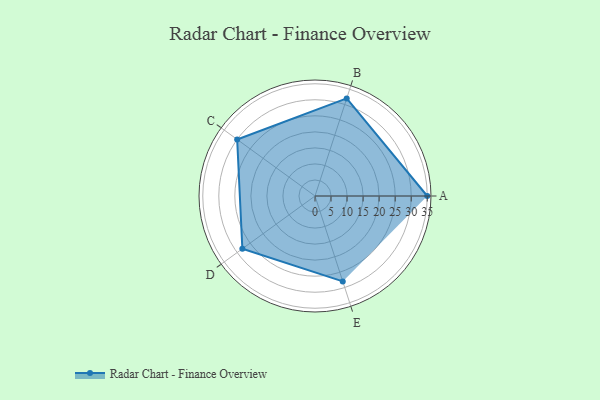
{"axis": {"x": "Skill", "y": "Score"}, "legend": ["Profile"], "data": [{"x": "A", "y": 35.0, "type": "Profile"}, {"x": "B", "y": 32.0, "type": "Profile"}, {"x": "C", "y": 30.0, "type": "Profile"}, {"x": "D", "y": 28.0, "type": "Profile"}, {"x": "E", "y": 28.0, "type": "Profile"}]}